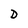
Character: D